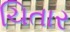
ચિતાર